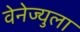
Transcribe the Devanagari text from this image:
वेनेज्युला